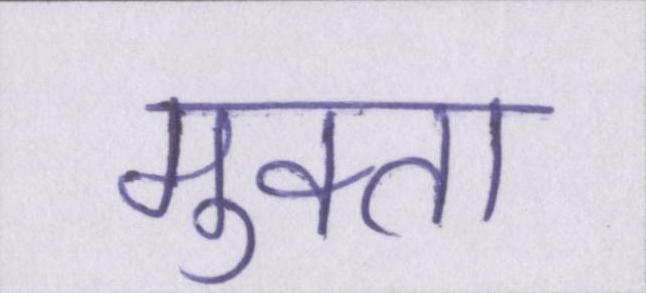
मुक्ता